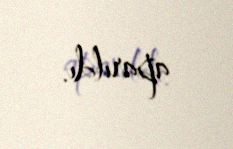
aparıldı.